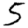
Digit: 5